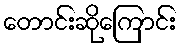
တောင်းဆိုကြောင်း